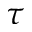
\tau